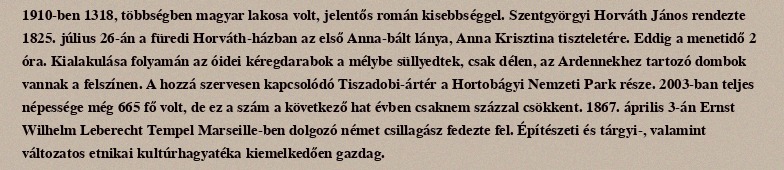
1910-ben 1318, többségben magyar lakosa volt, jelentős román kisebbséggel. Szentgyörgyi Horváth János rendezte 1825. július 26-án a füredi Horváth-házban az első Anna-bált lánya, Anna Krisztina tiszteletére. Eddig a menetidő 2 óra. Kialakulása folyamán az óidei kéregdarabok a mélybe süllyedtek, csak délen, az Ardennekhez tartozó dombok vannak a felszínen. A hozzá szervesen kapcsolódó Tiszadobi-ártér a Hortobágyi Nemzeti Park része. 2003-ban teljes népessége még 665 fő volt, de ez a szám a következő hat évben csaknem százzal csökkent. 1867. április 3-án Ernst Wilhelm Leberecht Tempel Marseille-ben dolgozó német csillagász fedezte fel. Építészeti és tárgyi-, valamint változatos etnikai kultúrhagyatéka kiemelkedően gazdag.